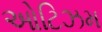
ઓટિઝમ